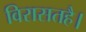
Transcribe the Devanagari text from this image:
विरासतहै।